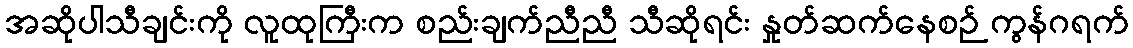
အဆိုပါသီချင်းကို လူထုကြီးက စည်းချက်ညီညီ သီဆိုရင်း နှုတ်ဆက်နေစဉ် ကွန်ဂရက်